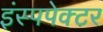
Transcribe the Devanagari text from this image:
इंस्पपेक्टर